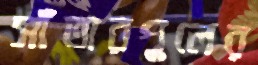
সাঁতারপুলের